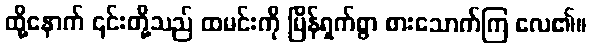
ထို့နောက် ၎င်းတို့သည် ထမင်းကို မြိန်ရှက်စွာ စားသောက်ကြ လေ၏။